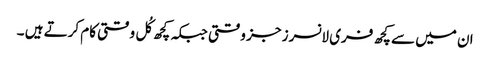
ان میں سے کچھ فری لانسرز جز وقتی جبکہ کچھ کُل وقتی کام کرتے ہیں ۔